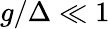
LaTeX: g/\Delta\ll 1